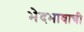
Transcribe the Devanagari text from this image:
भेदभावाची